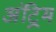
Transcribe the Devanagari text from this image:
अंट्रिम